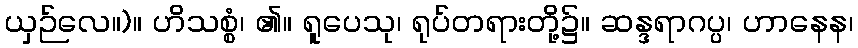
ယှဉ်လေ။)။ ဟိသစ္စံ၊ ၏။ ရူပေသု၊ ရုပ်တရားတို့၌။ ဆန္ဒရာဂပ္ပ၊ ဟာနေန၊